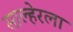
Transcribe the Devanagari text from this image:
साल्हेरला